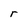
Character: r